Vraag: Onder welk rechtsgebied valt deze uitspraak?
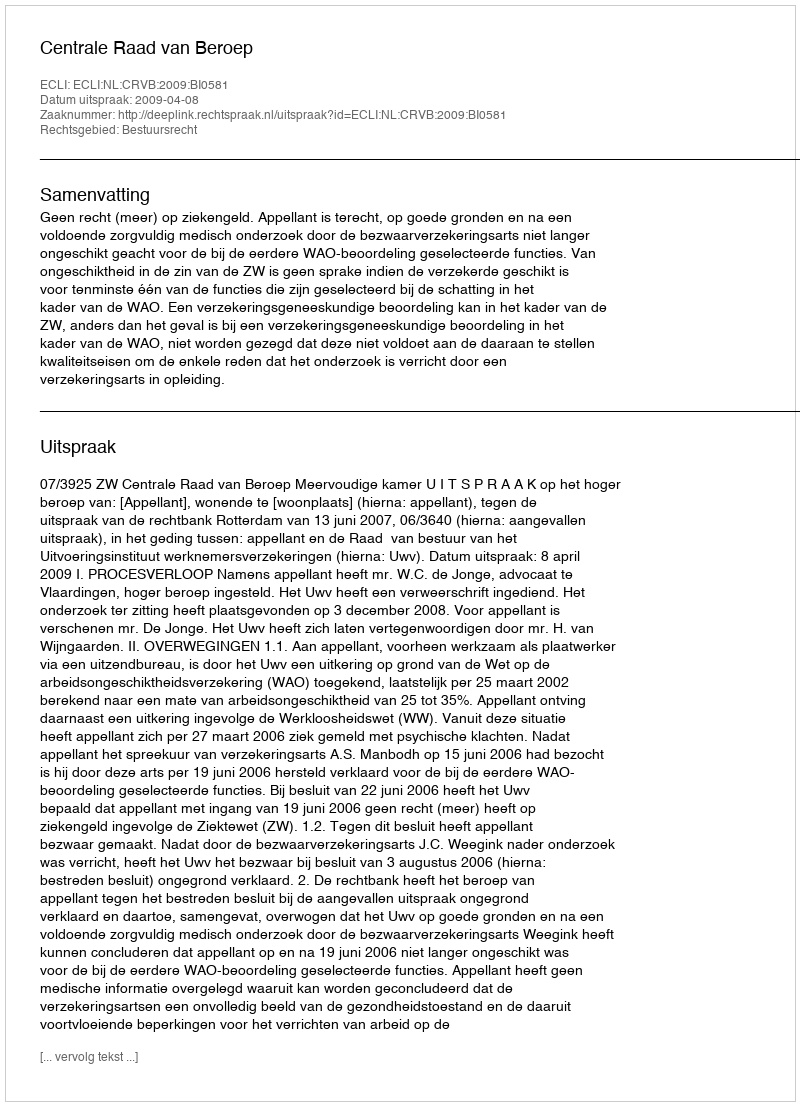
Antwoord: Bestuursrecht